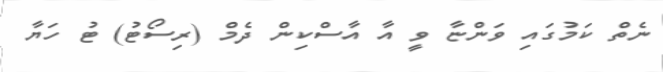
ނެތް ކަމުގައި ވަންޏާ ވީ އާ އާސްކިން ދެމް (ރިސޯޓު) ޓު ހަޔާ